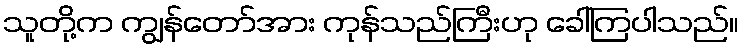
သူတို့က ကျွန်တော်အား ကုန်သည်ကြီးဟု ခေါ်ကြပါသည်။